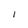
Character: l